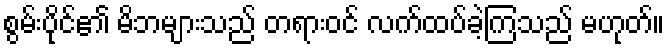
စွမ်းပိုင်၏ မိဘများသည် တရားဝင် လက်ထပ်ခဲ့ကြသည် မဟုတ်။